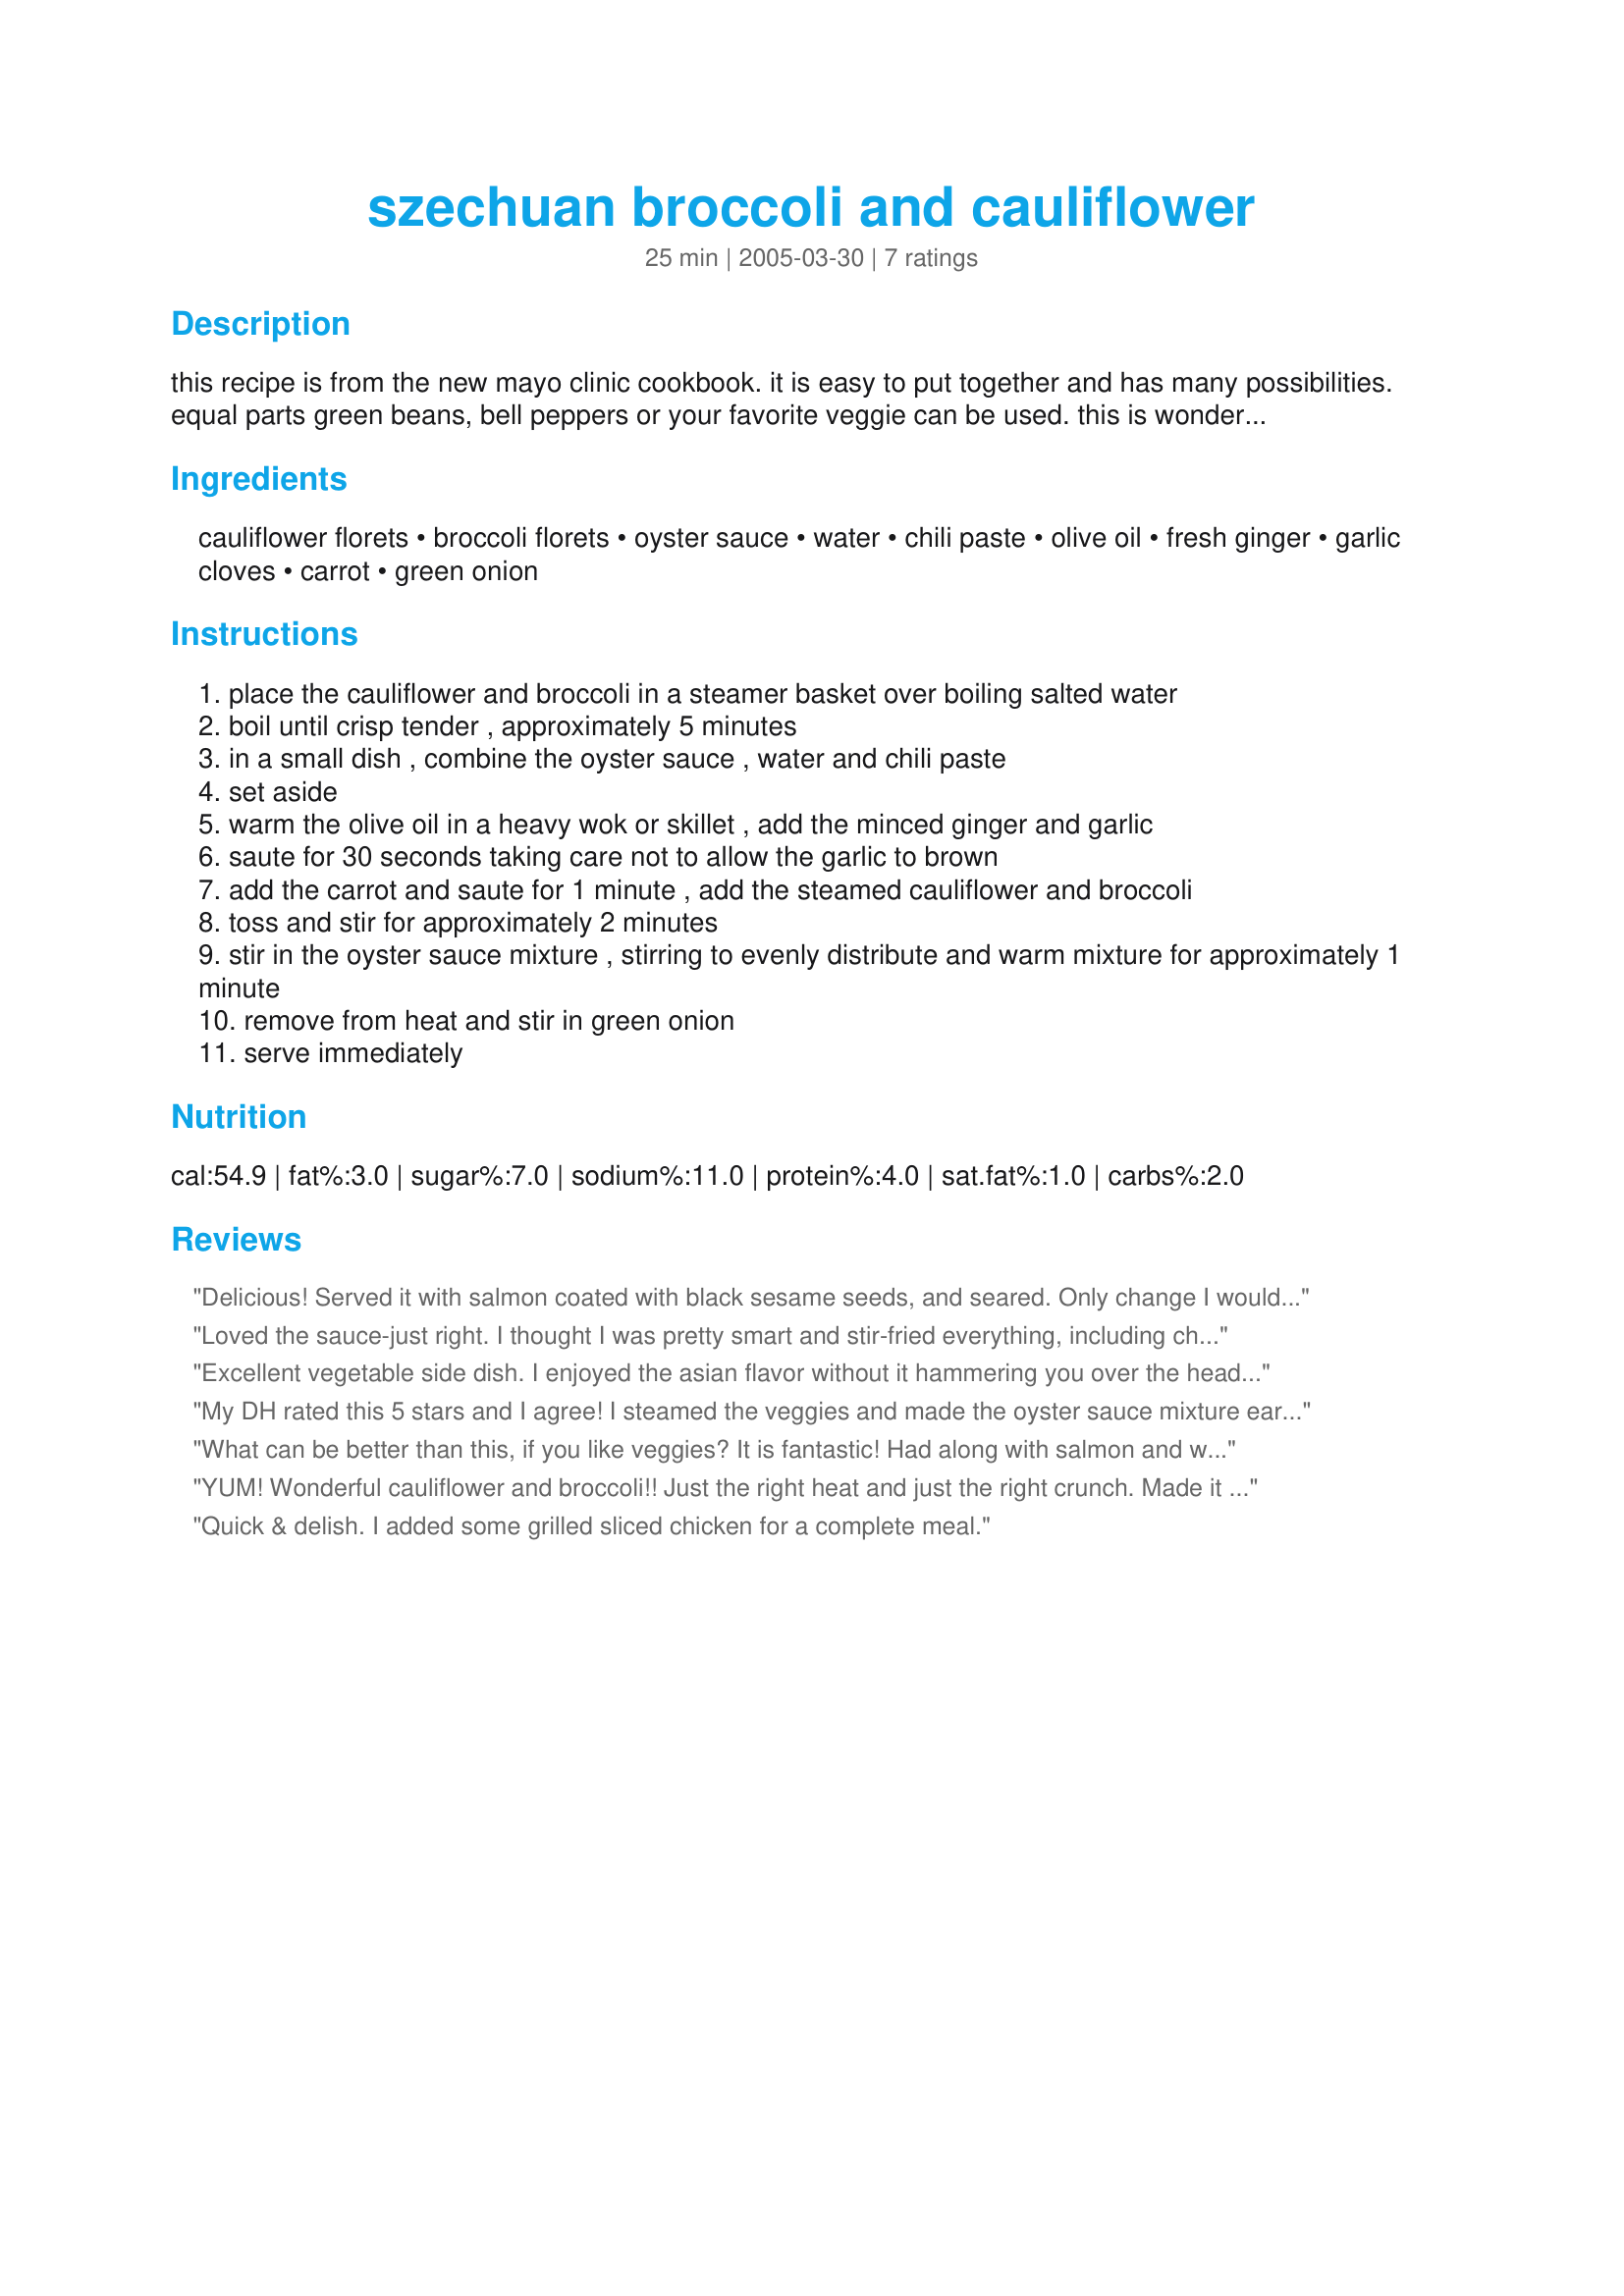
szechuan broccoli and cauliflower
Preparation time: 25 minutes

this recipe is from the new mayo clinic cookbook. it is easy to put together and has many possibilities. equal parts green beans, bell peppers or your favorite veggie can be used. this is wonderful with fish and steamed brown rice.

Ingredients:
cauliflower florets, broccoli florets, oyster sauce, water, chili paste, olive oil, fresh ginger, garlic cloves, carrot, green onion

Steps:
place the cauliflower and broccoli in a steamer basket over boiling salted water
boil until crisp tender , approximately 5 minutes
in a small dish , combine the oyster sauce , water and chili paste
set aside
warm the olive oil in a heavy wok or skillet , add the minced ginger and garlic
saute for 30 seconds taking care not to allow the garlic to brown
add the carrot and saute for 1 minute , add the steamed cauliflower and broccoli
toss and stir for approximately 2 minutes
stir in the oyster sauce mixture , stirring to evenly distribute and warm mixture for approximately 1 minute
remove from heat and stir in green onion
serve immediately

Reviews:
Delicious! Served it with salmon coated with black sesame seeds, and seared.
Only change I would make is a little more chili paste.
Loved the sauce-just right. I thought I was pretty smart and stir-fried everything, including chicken breast, at once using a lid to hurry things along. NOT a good technique. Using chicken was fine but follow the directions.
Excellent vegetable side dish. I enjoyed the asian flavor without it hammering you over the head. I am one of those people that like vegetables cooked until soft, so I left them in a little longer.
My DH rated this 5 stars and I agree! I steamed the veggies and made the oyster sauce mixture early in the day and it went together very quickly at dinnertime. I served it with brown rice and creamy peanut chicken Recipe #97583 -a great dinner!
What can be better than this, if you like veggies? It is fantastic! Had along with salmon and we all thought it was great! Flavors were just right and didn't change anything while preparing it! Thanks for this recipe Paula!
YUM! Wonderful cauliflower and broccoli!! Just the right heat and just the right crunch. Made it exactly as listed and we thouroughly enjoyed it. We will definately be making this again. The combination of spices and veggies was perfect, thanks for sharing!!
Quick & delish. I added some grilled sliced chicken for a complete meal.
